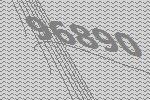
96890